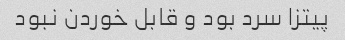
پیتزا سرد بود و قابل خوردن نبود